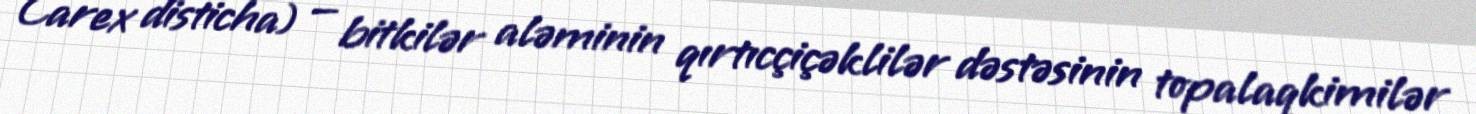
Carex disticha) — bitkilər aləminin qırtıcçiçəklilər dəstəsinin topalaqkimilər